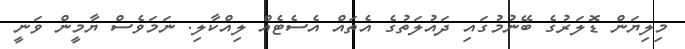
މިލިޔަން ޑޮލަރުގެ ބޭނުމުގައި ދައުލަތުގެ އެތައް އެސެޓެއް ލިއްކާލި. ނަމަވެސް ޔާމީން ވަނީ